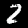
Digit: 2